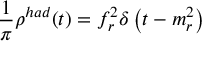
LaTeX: \frac { 1 } { \pi } \rho ^ { h a d } ( t ) = f _ { r } ^ { 2 } \delta \left( t - m _ { r } ^ { 2 } \right)